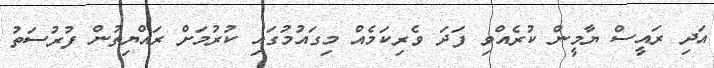
އަދި ރައީސް ޔާމީން ކުރެއްވި ފަދަ ވެރިކަމެއް މިގައުމުގައި ކުރުމަށް ރައްޔިތުން ފުރުސަތު